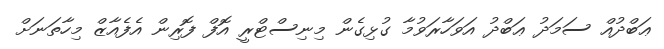
ޢަބްދުއް ސަމަދު ޢަބްދު އަވަހާރަވުމާ ގުޅިގެން މިނިސްޓްރީ އޮފް ފޮރިން އެފެއާޒް މިހާތަނަށް